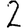
Digit: 2